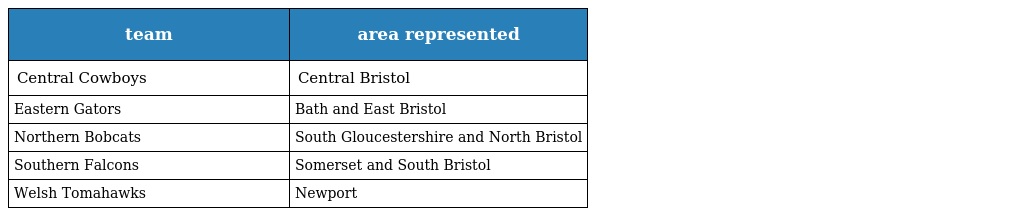
| team | area represented |
 | --- | --- |
 | Central Cowboys | Central Bristol |
 | Eastern Gators | Bath and East Bristol |
 | Northern Bobcats | South Gloucestershire and North Bristol |
 | Southern Falcons | Somerset and South Bristol |
 | Welsh Tomahawks | Newport |